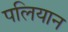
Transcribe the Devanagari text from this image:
पलियान